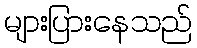
များပြားနေသည်